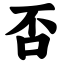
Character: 否